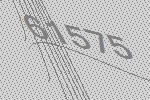
61575